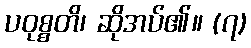
ပဝုစ္စတိ၊ ဆိုအပ်၏။ (၇)